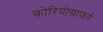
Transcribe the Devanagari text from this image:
कोरियोग्राफर्र